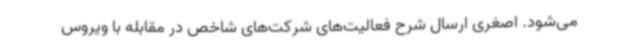
می‌شود. اصغری ارسال شرح فعالیت‌های شرکت‌های شاخص در مقابله با ویروس